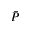
\bar { P }